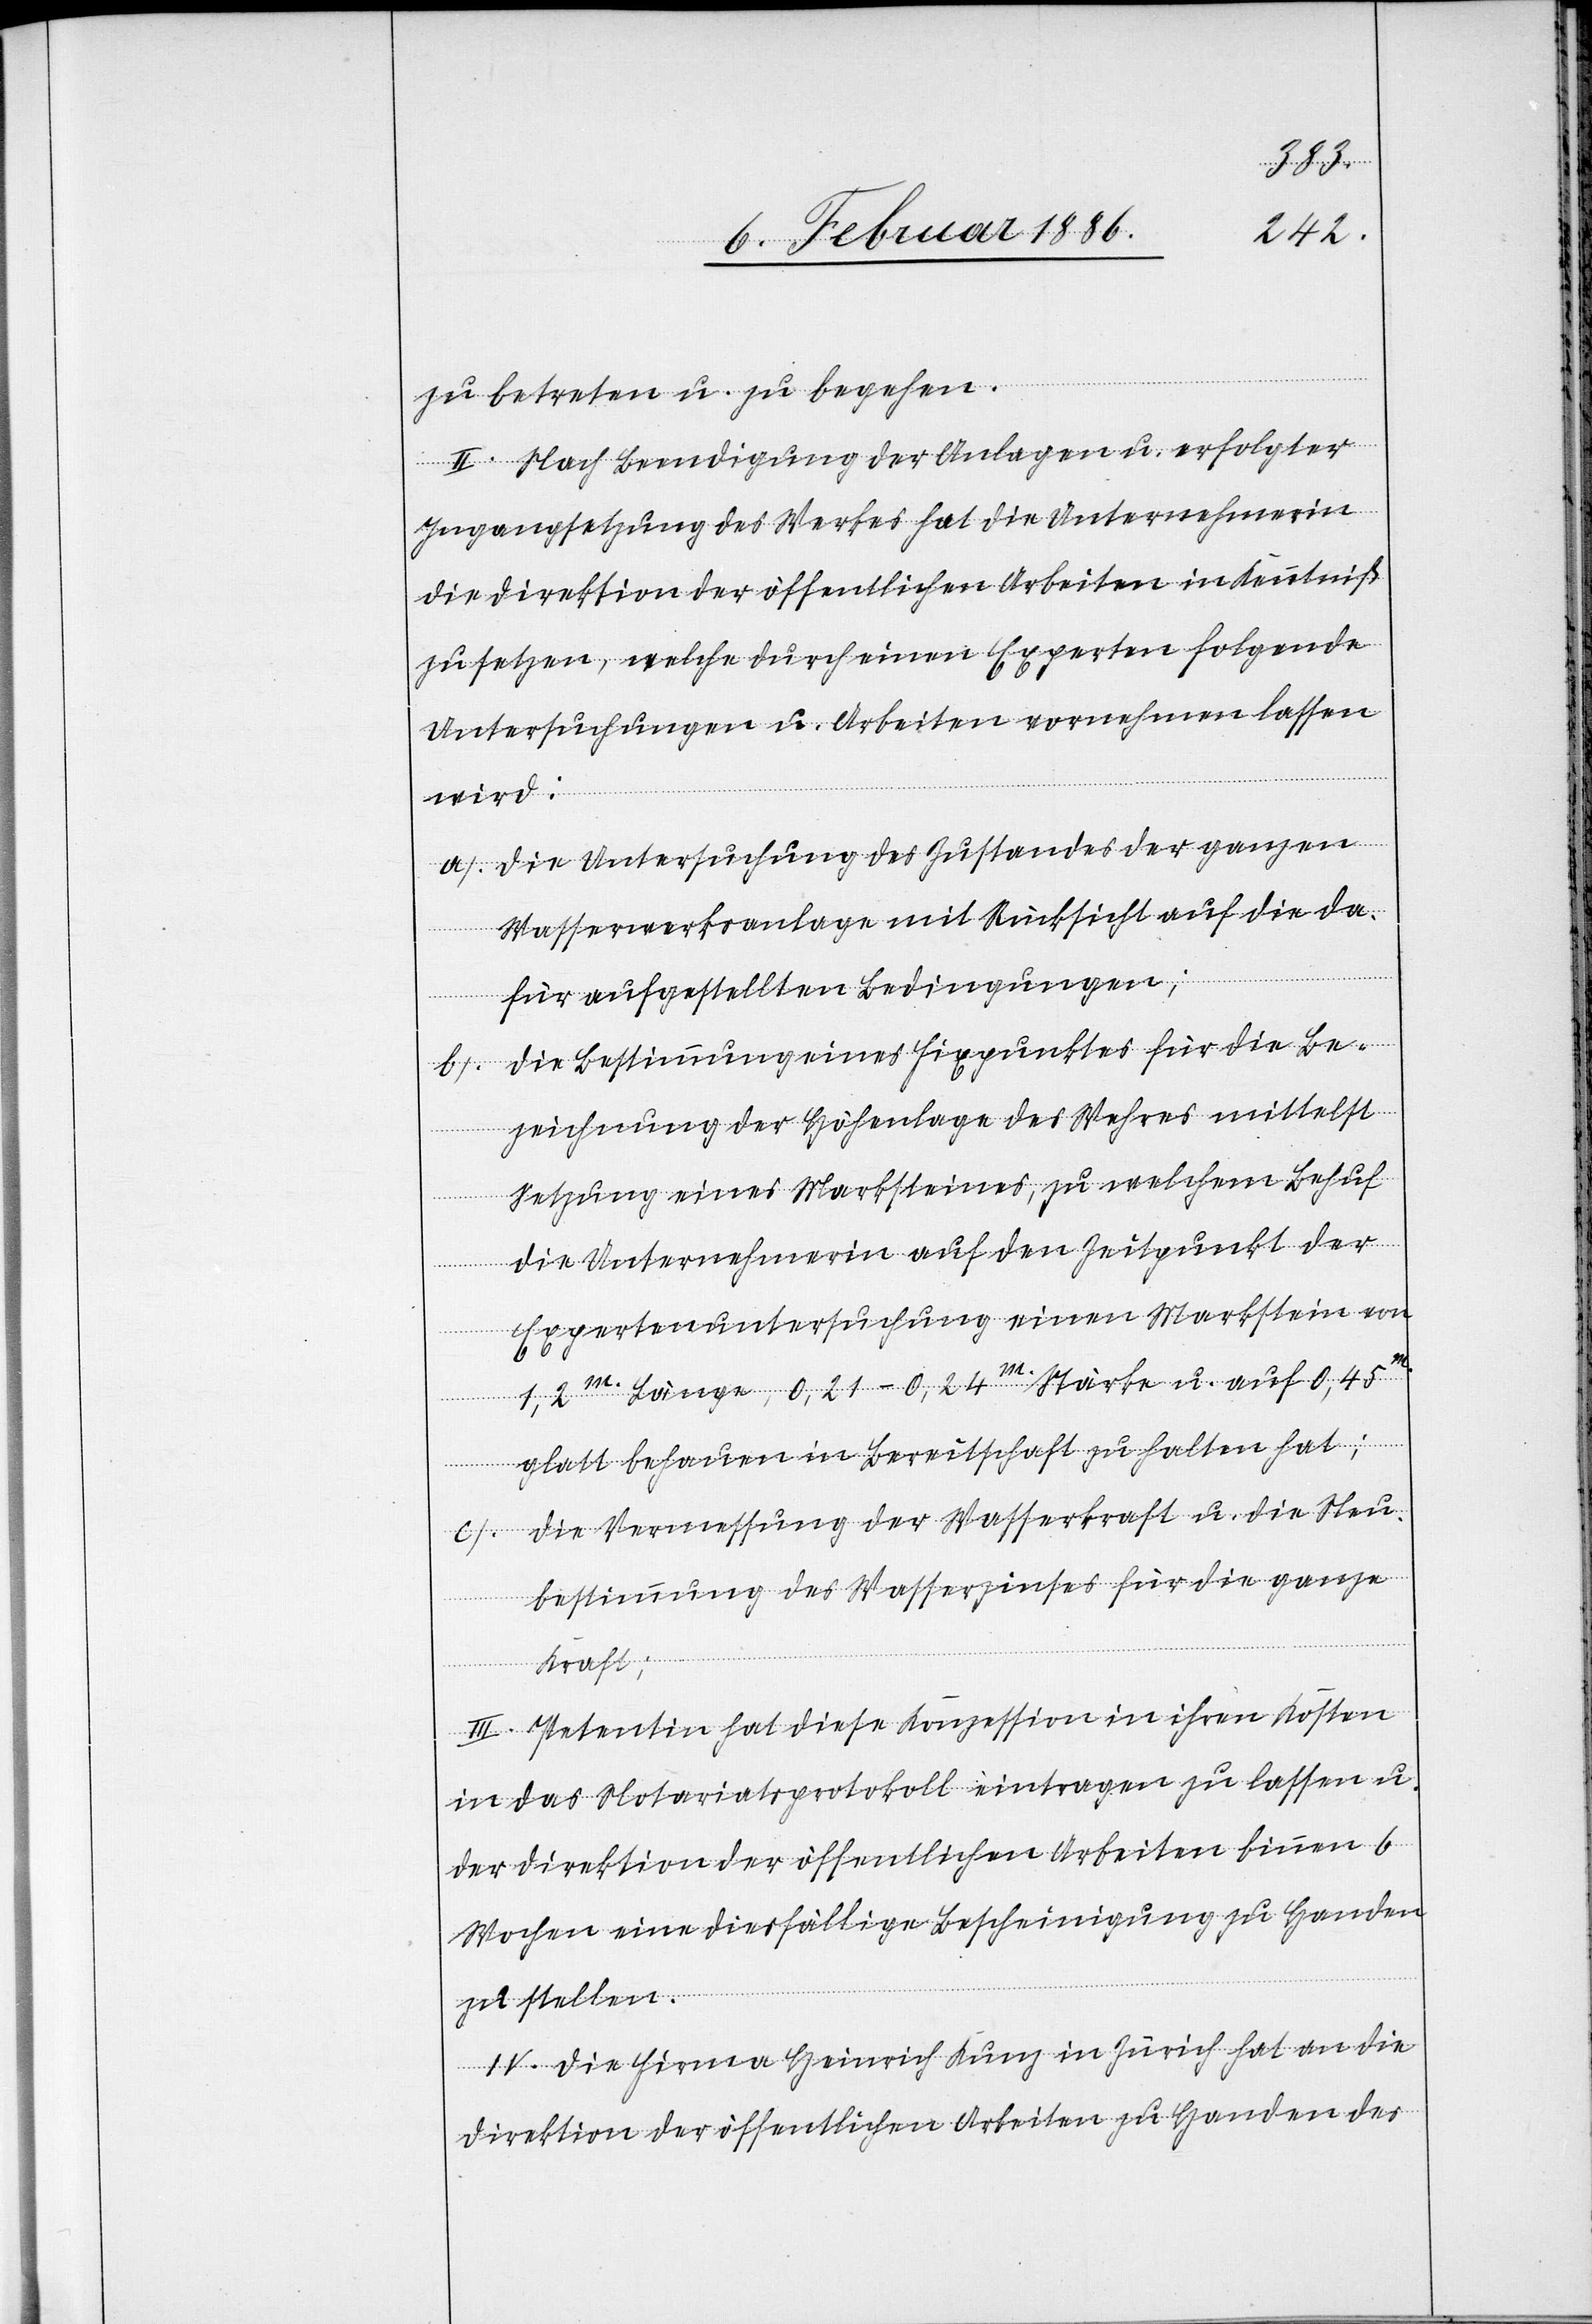
zu betreten u. zu begehen.
II. Nach Beendigung der Anlage u. erfolgter
Ingangsetzung des Werkes hat die Unternehmerin
die Direktion der öffentlichen Arbeiten in Kenntniß
zu setzen, welche durch einen Experten folgende
Untersuchungen u. Arbeiten vornehmen lassen
wird:
a). Die Untersuchung des Zustandes der ganzen
Wasserwerksanlage mit Rücksicht auf die da¬
für aufgestellten Bedingungen;
b). Die Bestimmung eines Fixpunktes für die Be¬
zeichnung der Höhenlage des Wehres mittelst
Setzung eines Marksteines, zu welchem Behuf
die Unternehmerin auf den Zeitpunkt der
Expertenuntersuchung einen Markstein von
1,2m. Länge, 0,21–0,24m. Stärke u. auf 0,45m.
glatt behauen in Bereitschaft zu halten hat;
c). Die Vermessung der Wasserkraft u. die Neu¬
bestimmung des Wasserzinses für die ganze
Kraft;
III. Petentin hat diese Konzession in ihren Kosten
in das Notariatsprotokoll eintragen zu lassen u.
der Direktion der öffentlichen Arbeiten binnen 6
Wochen eine dießfällige Bescheinigung zu Handen
zu stellen.
IV. Die Firma Heinrich Kunz in Zürich hat an die
Direktion der öffentlichen Arbeiten zu Handen des